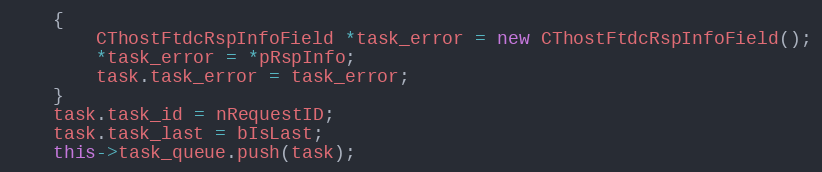
Language: C++
	{
		CThostFtdcRspInfoField *task_error = new CThostFtdcRspInfoField();
		*task_error = *pRspInfo;
		task.task_error = task_error;
	}
	task.task_id = nRequestID;
	task.task_last = bIsLast;
	this->task_queue.push(task);